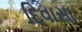
દિવાસા